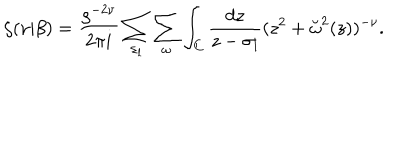
\zeta ( \nu | \beta ) = { \frac { \varrho ^ { - 2 \nu } } { 2 \pi i } } \sum _ { \sigma _ { l } } \sum _ { \omega } \int _ { C } { \frac { d z } { z - \sigma _ { l } } } ( z ^ { 2 } + \breve { \omega } ^ { 2 } ( z ) ) ^ { - \nu } .